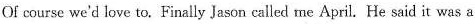
Of course we'd love to. Finally Jason called me April. He said it was a